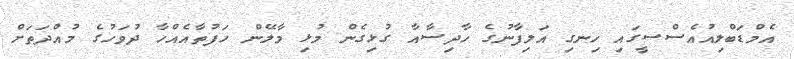
އެމްޑަބްލިއުއެސްސީގައި ހިނގި އަލިފާނުގެ ހާދިސާއާ ގުޅިގެން މުޅި މާލޭން ހަފުތާއެއްހާ ދުވަހުގެ މުއްދަތަށް